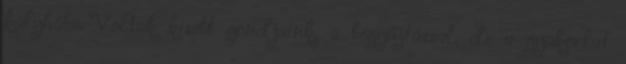
kályhába. Voltak kisebb gondjaink, a begyújtással, de a gyakorlat